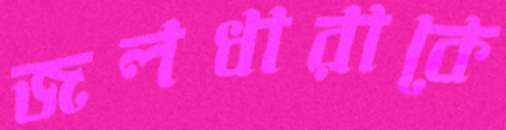
জলধারাকে